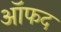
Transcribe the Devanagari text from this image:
ऑफद